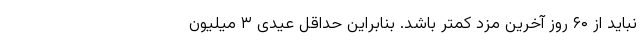
نباید از ۶۰ روز آخرین مزد کمتر باشد. بنابراین حداقل عیدی ۳ میلیون